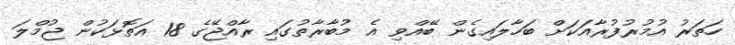
ހަތަރު އުމުރުފުރާއަކަށް ބަހާލައިގެން ބޭއްވި އެ މުބާރާތުގައި ރާއްޖޭގެ 18 އަތޮޅަކުން ޖުމްލަ